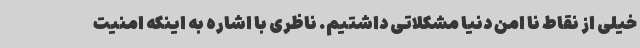
خیلی از نقاط نا امن دنیا مشکلاتی داشتیم. ناظری با اشاره به اینکه امنیت